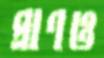
প্রাণও